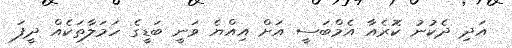
އަދި ދެކުނު ކޮރެއާ އެމްބަސީ އަށް އިއްޔެ ވަނީ ބަޑީގެ ހަމަލާތަކެއް ދީފަ